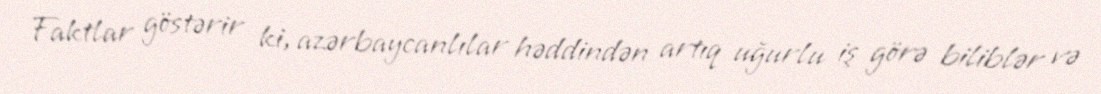
Faktlar göstərir ki, azərbaycanlılar həddindən artıq uğurlu iş görə biliblər və